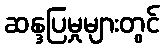
ဆန္ဒပြမှုများတွင်